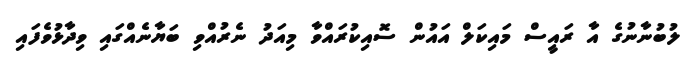
ލުބުނާނުގެ އާ ރައީސް މައިކަލް އައުން ސޮއިކުރައްވާ މިއަދު ނެރުއްވި ބަޔާނެއްގައި ވިދާޅުވެފައި